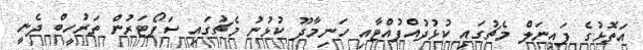
އަތޮޅުގެ ފައިނަލް މެޗުގައި ކުޅުދުއްފުއްޓާއި ހަނިމާދޫ ކުޅުނު މެޗުގައި ސަޕޯޓަރުން ތަރުހީބް ދެނީ